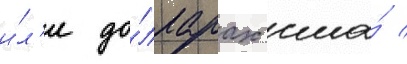
и́л'и до́лларах сша́ /